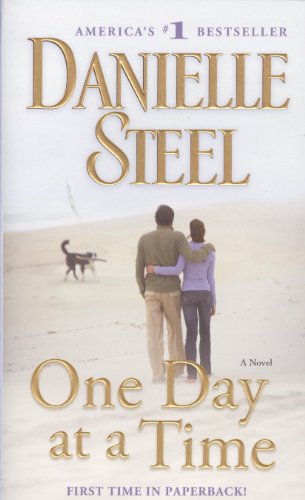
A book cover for One Day at a Time: A Novel; Danielle Steel; Literature & Fiction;